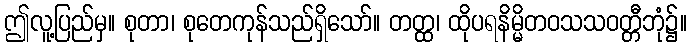
ဤလူ့ပြည်မှ။ စုတာ၊ စုတေကုန်သည်ရှိသော်။ တတ္ထ၊ ထိုပရနိမ္မိတဝသသဝတ္တီဘုံ၌။